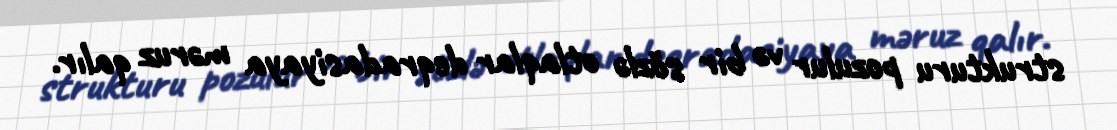
strukturu pozulur və bir sözlə otlaqlar deqradasiyaya məruz qalır.